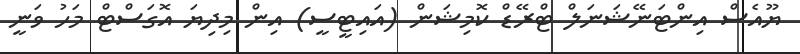
ޔޫއެސް އިންޓަނޭޝަނަލް ޓްރޭޑް ކޮމިޝަން (އައިޓީސީ) އިން މިދިޔަ އޮގަސްޓް މަހު ވަނީ